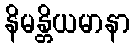
နိမန္တိယမာနာ